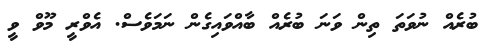
ބުރެއް ނުވަތަ ތިން ވަނަ ބުރެއް ބާއްވައިގެން ނަމަވެސް. އެވްރީ މޫވް ވީ